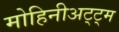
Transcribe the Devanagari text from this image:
मोहिनीअट्ट्म